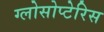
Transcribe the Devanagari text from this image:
ग्लोसोप्टेरिस